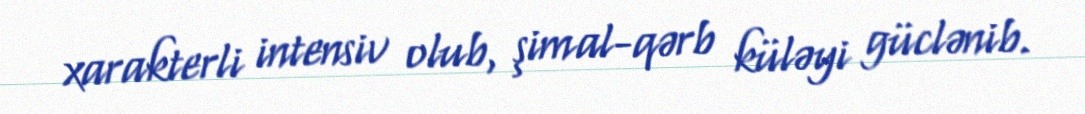
xarakterli intensiv olub, şimal-qərb küləyi güclənib.